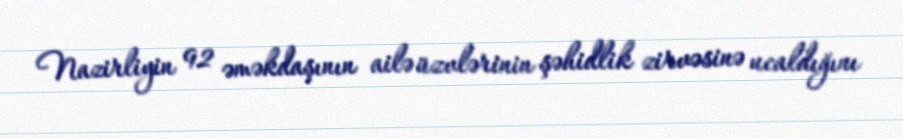
Nazirliyin 92 əməkdaşının ailə üzvlərinin şəhidlik zirvəsinə ucaldığını